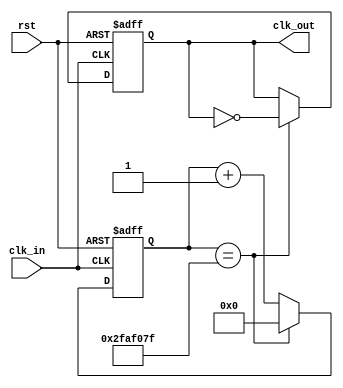
module clk_divider_2 #(parameter CONSTANT = 50_000_000) 
(   input clk_in,
    input rst,
    output reg clk_out
    );
    
   localparam constantNumber = CONSTANT;
   
   // Este reg debe ser de tamano suficiente para poder contar hasta el numero especificado
   // en CONSTANT. Puede ser de 16, 32, 64, o cualquier numero de bits, de acuerdo a los valores
   // que se espera pueda tener CONSTANT.
   reg [31:0] count;
    
  //Este bloque procedural solo incrementa un contador por cada pulso del reloj de entrada.
  // La cuenta llega hasta CONSTANT-1, y luego se reinicia.
  // Notar tambien que se usa una senal de reset, que permite setear el contador a un valor conocido
  // en cualquier momento. La logica que gatilla el reset puede ser un simple boton o alguna condicion
  // preprogramada. Siempre que se describa logica secuencial deberia incluirse por defecto una logica de reset.
   always @ (posedge(clk_in) or posedge(rst))
   begin
       if (rst == 1'b1)
           count <= 32'd0;
       else if (count == (constantNumber - 32'd1))
           count <= 32'd0;
       else
           count <= count + 32'b1;
   end

// Este bloque procedural utiliza el valor de count para decidir cuando invertir el valor del 
// reloj de salida.
   
   always @ (posedge(clk_in) or posedge(rst))
   begin
       if (rst == 1'b1)
           clk_out <= 1'b0;
       else if (count == (constantNumber - 32'd1))  //cuando el contador haya alcanzado el valor de referencia
           clk_out <= ~clk_out;                     // se invierte su valor. Notar que esto ocurre solo durante un 
       else                                         // ciclo del reloj de entrada, y este valor se mantiene constante 
           clk_out <= clk_out;                      // hasta que el contador nuevamente llegue a CONSTANT.
   end 
    
endmodule